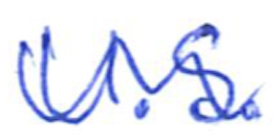
Text: U.S.
Cross-out: wave
Writing tool: ballpoint